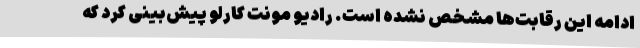
ادامه این رقابت‌ها مشخص نشده است. رادیو مونت کارلو پیش‌بینی کرد که